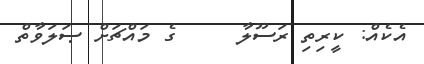
އެކެއް: ކީރިތި ރަސޫލާ     ގެ މައްޗަށް ޞަލަވާތް